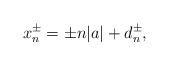
LaTeX: \begin{align*}x_{n}^{\pm} = \pm n|a| + d_n^{\pm}, \end{align*}